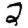
Digit: 2